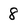
Character: 8